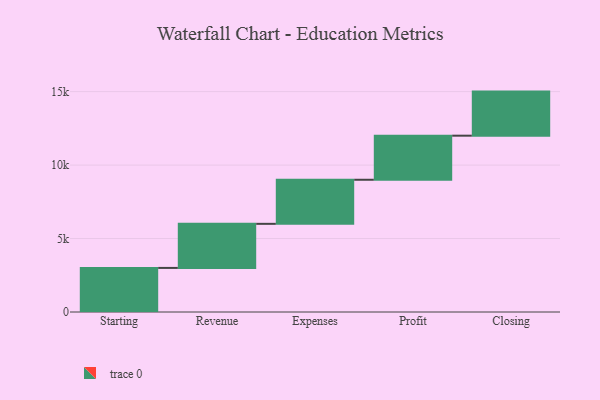
{"axis": {"x": "Step", "y": "Value"}, "legend": [""], "data": [{"x": "Starting", "y": 3000, "type": ""}, {"x": "Revenue", "y": 3000, "type": ""}, {"x": "Expenses", "y": 3000, "type": ""}, {"x": "Profit", "y": 3000, "type": ""}, {"x": "Closing", "y": 3000, "type": ""}]}